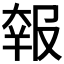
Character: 𡙈